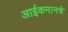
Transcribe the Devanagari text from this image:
आईकमानचे